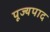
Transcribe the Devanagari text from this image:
पूज्‍यपाद